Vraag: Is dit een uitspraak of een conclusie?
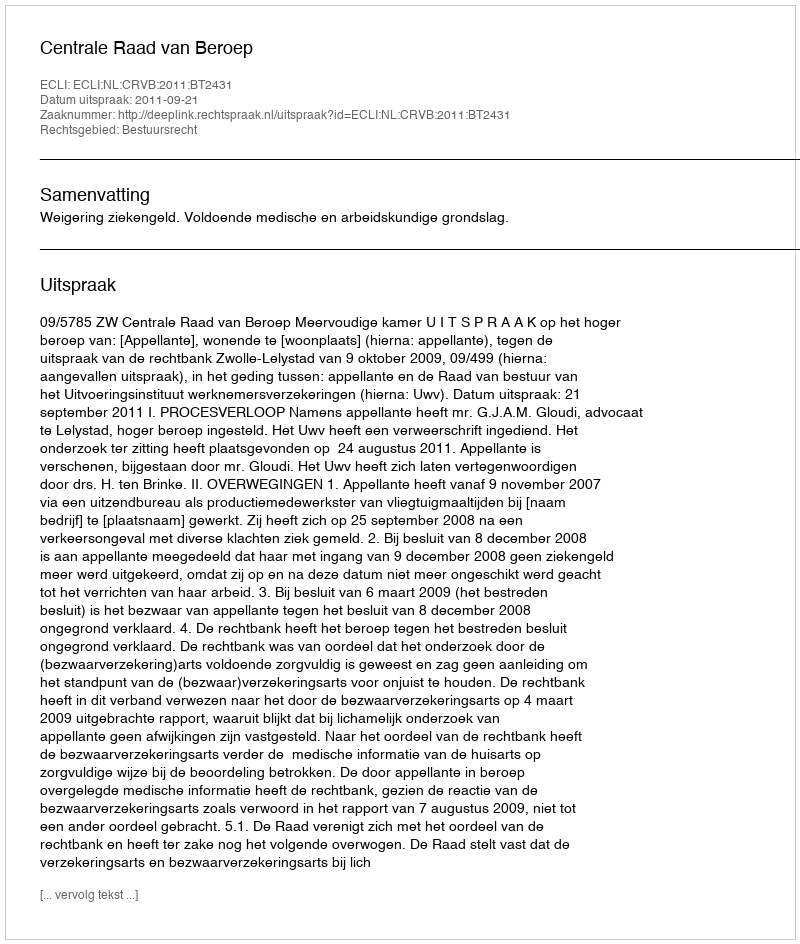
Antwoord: Uitspraak